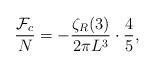
LaTeX: \begin{align*}{{\cal F}_{c} \over N}=-{\zeta _{R}(3) \over 2\pi L^{3}}\cdot{4 \over 5},\end{align*}